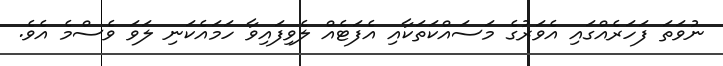
ނުވަތަ ފަހަރެއްގައި އެވަރުގެ މަސައްކަތަކާއި އެފަޓެއް ލެވިފައިވާ ހަމައެކަނި ލަވަ ވެސްމެ އެވެ.